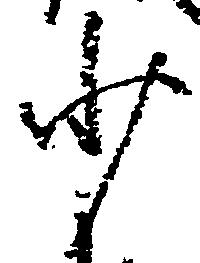
少